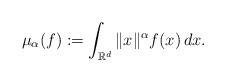
LaTeX: \begin{align*}\mu_\alpha(f) := \int_{\mathbb{R}^d} \|x\|^\alpha f(x) \, dx.\end{align*}